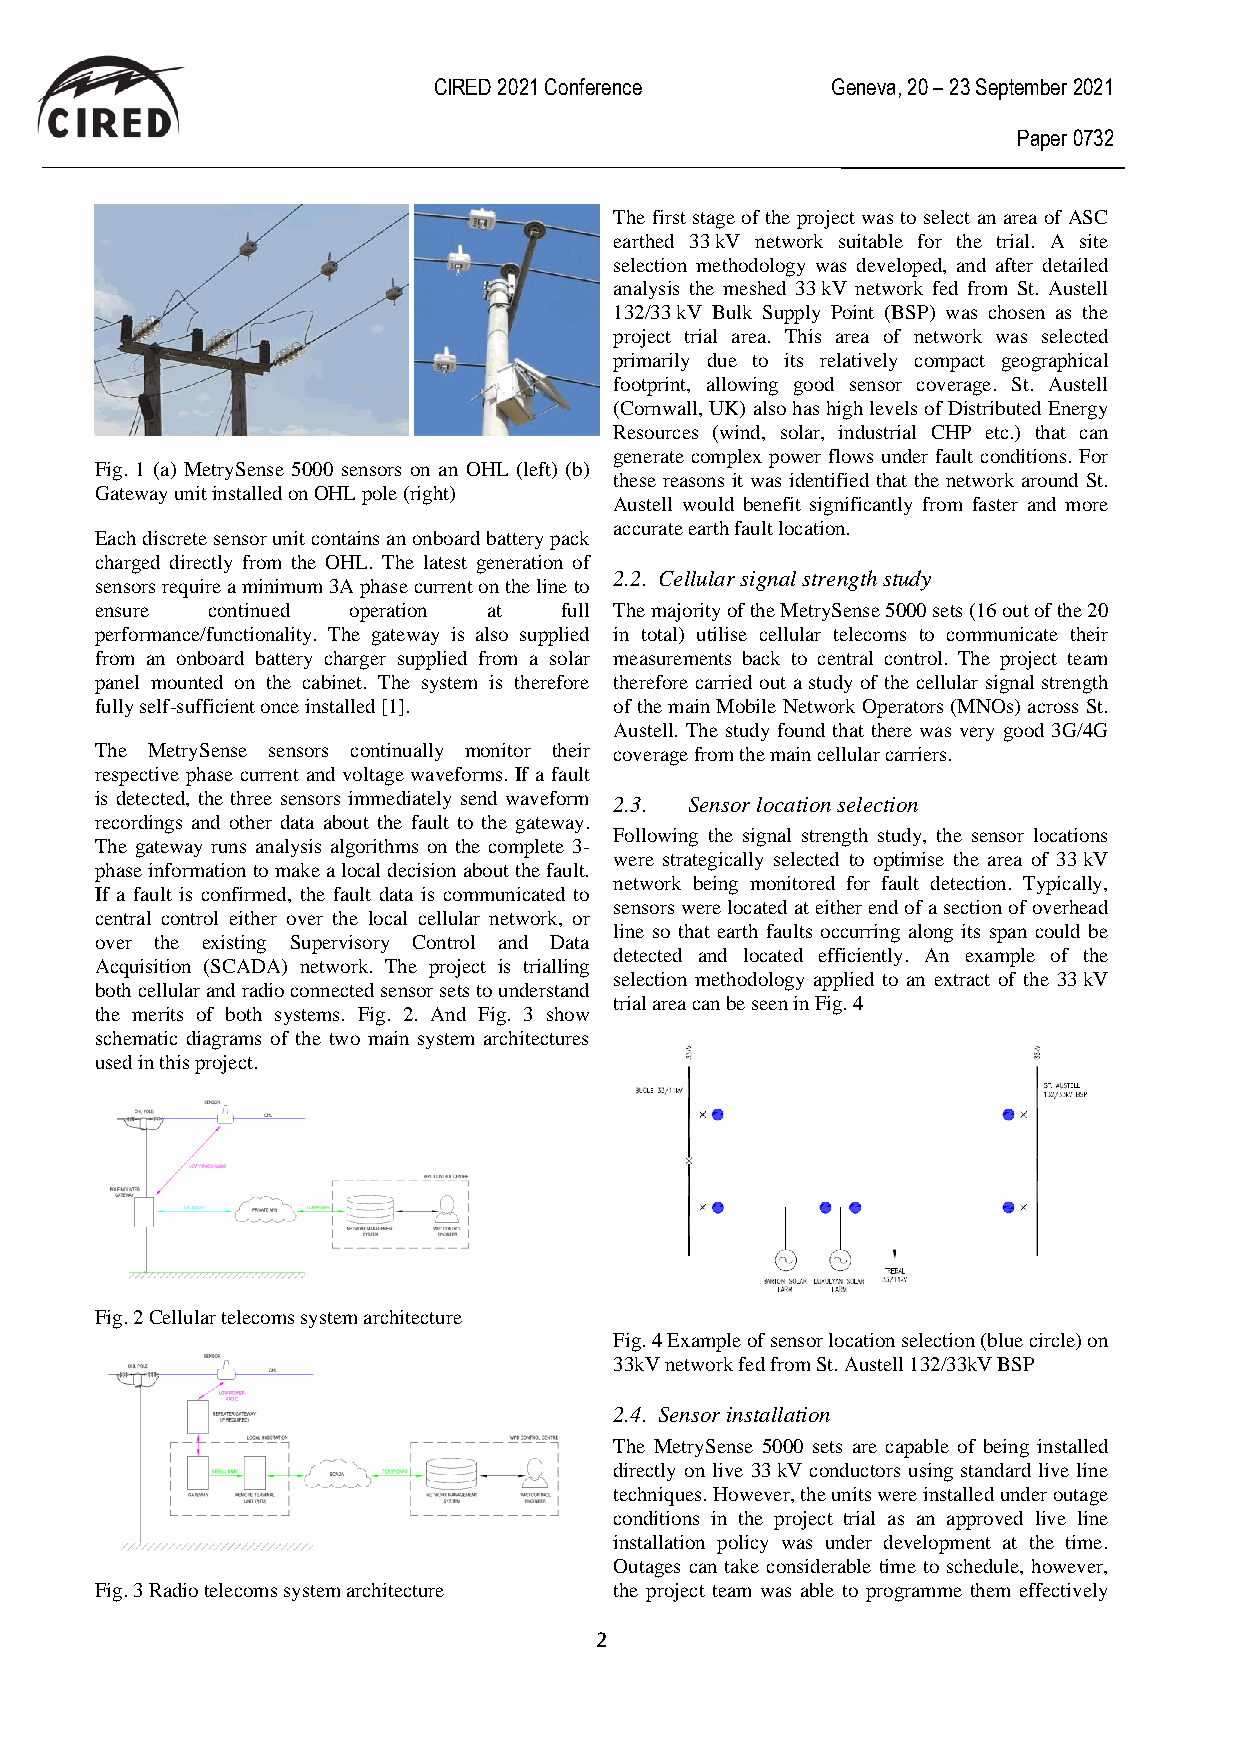
CIRED 2021 Conference     Geneva, 20 – 23 September 2021
 Paper 0732
 The first stage of the project was to select an area of ASC
 earthed 33 kV network suitable for the trial. A site
 selection methodology was developed, and after detailed
 analysis the meshed 33 kV network fed from St. Austell
 132/33 kV Bulk Supply Point (BSP) was chosen as the
 project trial area. This area of network was selected
 primarily due to its relatively compact geographical
 footprint, allowing good sensor coverage. St. Austell
 (Cornwall, UK) also has high levels of Distributed Energy
 Resources (wind, solar, industrial CHP etc.) that can
 generate complex power flows under fault conditions. For
 Fig. 1 (a) MetrySense 5000 sensors on an OHL (left) (b)
 these reasons it was identified that the network around St.
 Gateway unit installed on OHL pole (right)
 Austell would benefit significantly from faster and more
 accurate earth fault location.
 Each discrete sensor unit contains an onboard battery pack
 charged directly from the OHL. The latest generation of
 2.2. Cellular signal strength study
 sensors require a minimum 3A phase current on the line to
 ensure  continued operation at full The majority of the MetrySense 5000 sets (16 out of the 20
 performance/functionality. The gateway is also supplied in total) utilise cellular telecoms to communicate their
 from an onboard battery charger supplied from a solar measurements back to central control. The project team
 panel mounted on the cabinet. The system is therefore therefore carried out a study of the cellular signal strength
 fully self-sufficient once installed [1]. of the main Mobile Network Operators (MNOs) across St.
 Austell. The study found that there was very good 3G/4G
 The MetrySense sensors continually monitor their coverage from the main cellular carriers.
 respective phase current and voltage waveforms. If a fault
 is detected, the three sensors immediately send waveform 2.3. Sensor location selection
 recordings and other data about the fault to the gateway.
 Following the signal strength study, the sensor locations
 The gateway runs analysis algorithms on the complete 3-
 were strategically selected to optimise the area of 33 kV
 phase information to make a local decision about the fault.
 network being monitored for fault detection. Typically,
 If a fault is confirmed, the fault data is communicated to
 sensors were located at either end of a section of overhead
 central control either over the local cellular network, or
 line so that earth faults occurring along its span could be
 over the existing Supervisory Control and Data
 detected and located efficiently. An example of the
 Acquisition (SCADA) network. The project is trialling
 selection methodology applied to an extract of the 33 kV
 both cellular and radio connected sensor sets to understand
 trial area can be seen in Fig. 4
 the merits of both systems. Fig. 2. And Fig. 3 show
 schematic diagrams of the two main system architectures
 used in this project.
 Fig. 2 Cellular telecoms system architecture
 Fig. 4 Example of sensor location selection (blue circle) on
 33kV network fed from St. Austell 132/33kV BSP
 2.4. Sensor installation
 The MetrySense 5000 sets are capable of being installed
 directly on live 33 kV conductors using standard live line
 techniques. However, the units were installed under outage
 conditions in the project trial as an approved live line
 installation policy was under development at the time.
 Outages can take considerable time to schedule, however,
 Fig. 3 Radio telecoms system architecture the project team was able to programme them effectively
 2